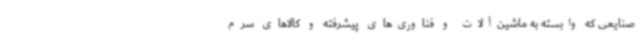
صنایعی که وابسته به ماشین‌آلات و فناوری‌های پیشرفته و کالاهای سرم